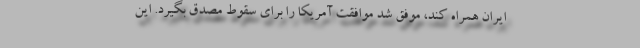
ایران همراه كند، موفق شد موافقت آمریكا را برای سقوط مصدق بگیرد. این